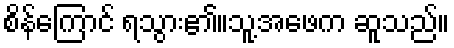
စိန်ကြောင် ရသွား၏။သူ့အဖေက ဆူသည်။